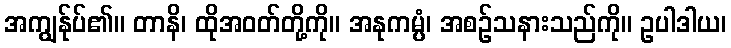
အကျွန်ုပ်၏။ တာနိ၊ ထိုအဝတ်တို့ကို။ အနုကမ္ပံ၊ အစဉ်သနားသည်ကို။ ဥပါဒါယ၊